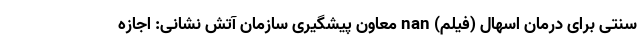
سنتی برای درمان اسهال (فیلم) nan معاون پیشگیری سازمان آتش نشانی: اجازه